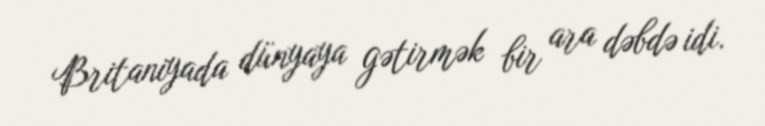
Britaniyada dünyaya gətirmək bir ara dəbdə idi.